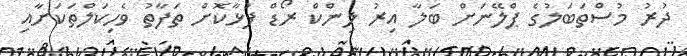
ދުރު މުސްތަބަލުގެ ޕްލޭނަށް ބަލާ އިރު ލިންކް ރޯޑް ފުޅާކޮށް ތަފާތު ވެހިކަލްތަކަަށާއި